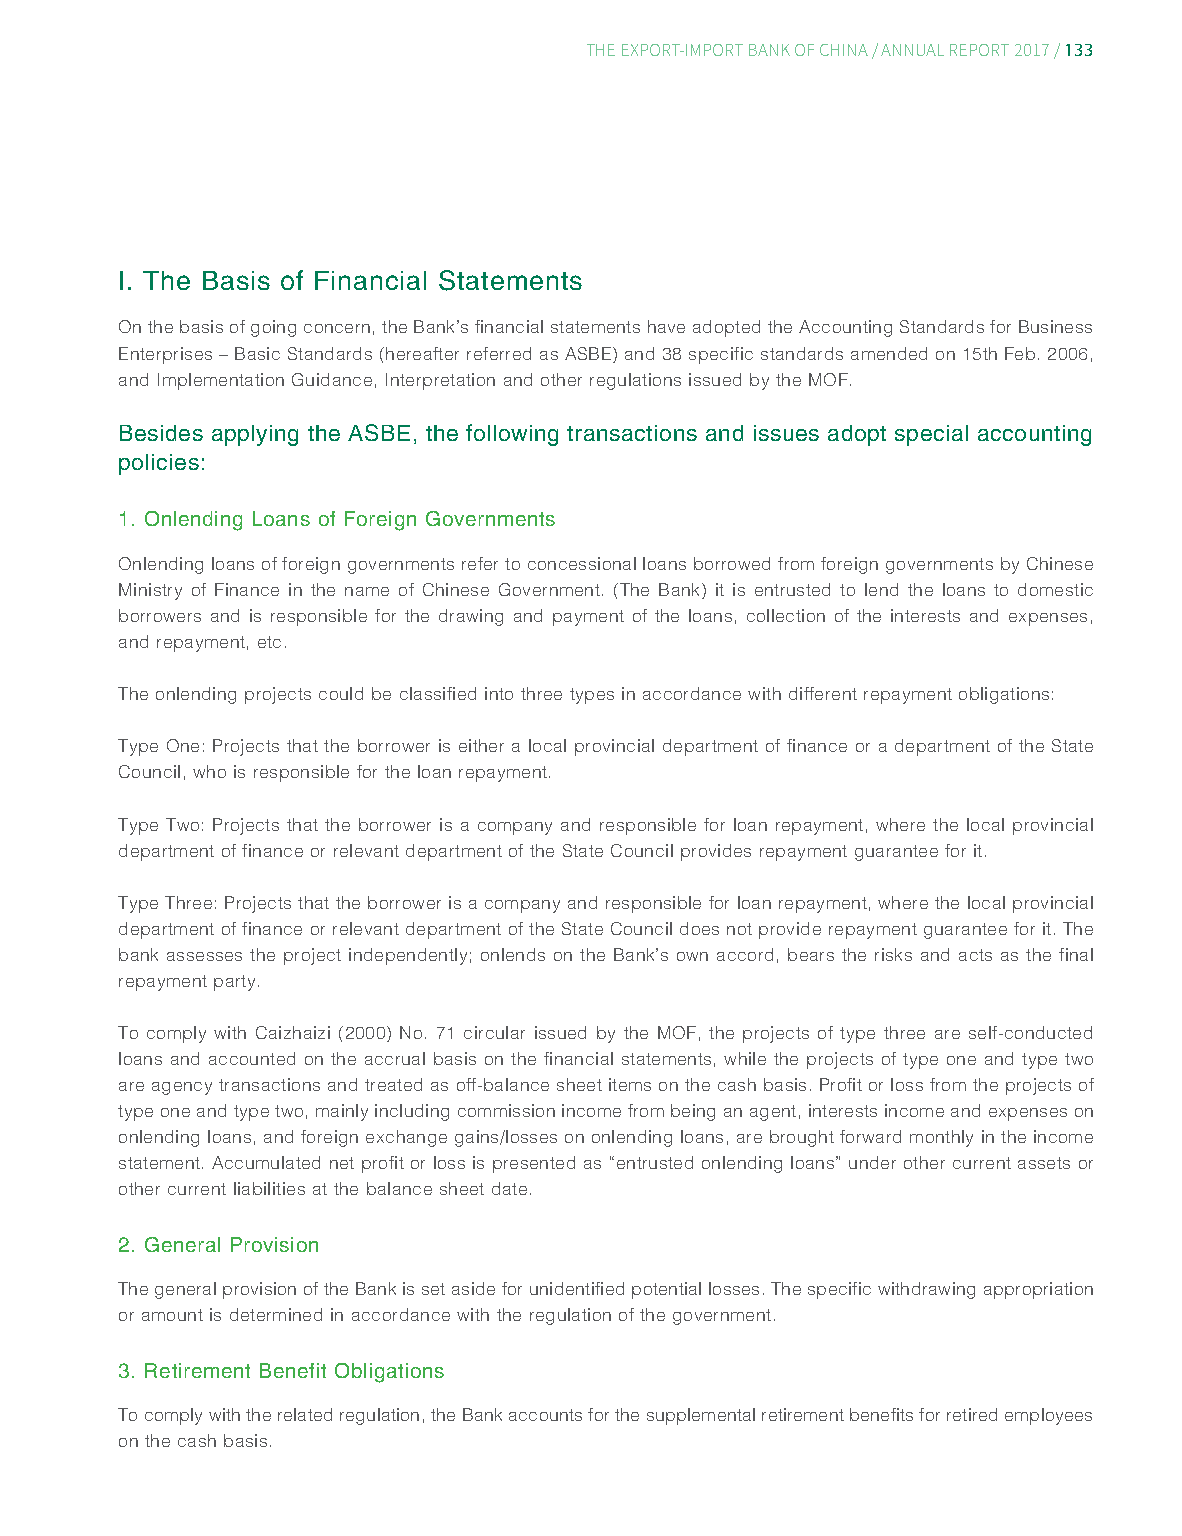
133
 THE EXPORT-IMPORT BANK OF CHINA/ ANNUAL REPORT 2017/
 I. The Basis of Financial Statements
 On the basis of going concern, the Bank’s financial statements have adopted the Accounting Standards for Business
 Enterprises – Basic Standards (hereafter referred as ASBE) and 38 specific standards amended on 15th Feb. 2006,
 and Implementation Guidance, Interpretation and other regulations issued by the MOF.
 Besides applying the ASBE, the following transactions and issues adopt special accounting
 policies:
 1. Onlending Loans of Foreign Governments
 Onlending loans of foreign governments refer to concessional loans borrowed from foreign governments by Chinese
 Ministry of Finance in the name of Chinese Government. (The Bank) it is entrusted to lend the loans to domestic
 borrowers and is responsible for the drawing and payment of the loans, collection of the interests and expenses,
 and repayment, etc.
 The onlending projects could be classified into three types in accordance with different repayment obligations:
 Type One: Projects that the borrower is either a local provincial department of finance or a department of the State
 Council, who is responsible for the loan repayment.
 Type Two: Projects that the borrower is a company and responsible for loan repayment, where the local provincial
 department of finance or relevant department of the State Council provides repayment guarantee for it.
 Type Three: Projects that the borrower is a company and responsible for loan repayment, where the local provincial
 department of finance or relevant department of the State Council does not provide repayment guarantee for it. The
 bank assesses the project independently; onlends on the Bank’s own accord, bears the risks and acts as the final
 repayment party.
 To comply with Caizhaizi (2000) No. 71 circular issued by the MOF, the projects of type three are self-conducted
 loans and accounted on the accrual basis on the financial statements, while the projects of type one and type two
 are agency transactions and treated as off-balance sheet items on the cash basis. Profit or loss from the projects of
 type one and type two, mainly including commission income from being an agent, interests income and expenses on
 onlending loans, and foreign exchange gains/losses on onlending loans, are brought forward monthly in the income
 statement. Accumulated net profit or loss is presented as “entrusted onlending loans” under other current assets or
 other current liabilities at the balance sheet date.
 2. General Provision
 The general provision of the Bank is set aside for unidentified potential losses. The specific withdrawing appropriation
 or amount is determined in accordance with the regulation of the government.
 3. Retirement Benefit Obligations
 To comply with the related regulation, the Bank accounts for the supplemental retirement benefits for retired employees
 on the cash basis.